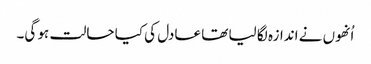
اُنھوں نے اندازہ لگا لیا تھا عادل کی کیا حالت ہو گی۔